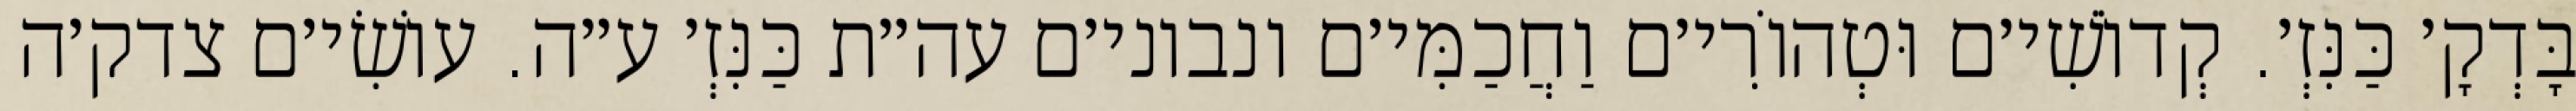
בָּדְקָ׳ כַּנִּזְ׳. קְדוֹשִׁי׳ם וּטְהוֹרִי׳ם וַחֲכַמִּי׳ם ונבוני׳ם עה״ת כַּנִּזְ׳ ע״ה. עוֹשִׂי׳ם צדק׳ה